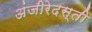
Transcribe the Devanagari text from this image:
अंजीरेदस्ती